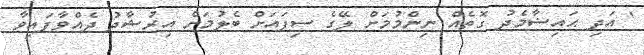
' އަދި ޙައިޟާމެދު ގޮތެއް ނިންމުމަށް ލޭގެ ސިފައަށް ބެލުމަށް އިރުޝާދު ދެއްވާފައިވާ